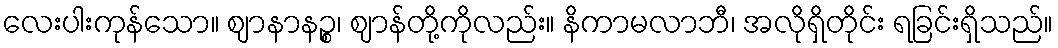
လေးပါးကုန်သော။ ဈာနာနဉ္စ၊ ဈာန်တို့ကိုလည်း။ နိကာမလာဘီ၊ အလိုရှိတိုင်း ရခြင်းရှိသည်။